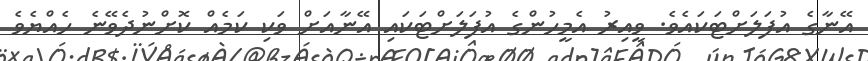
އޭނާގެ އުފަލަށްޓަކައެވެ. ވީއިރު އެމީހުންގެ އުފަލަށްޓަކައި އޭނާއަށް ވަކި ކަމެއް ކޮށްނުދެވޭނެ ހެއްޔެވެ